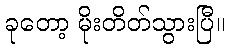
ခုတော့ မိုးတိတ်သွားပြီ။